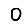
Digit: 0